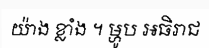
យ៉ាង ខ្លាំង ។ ម្ហូប អធិរាជ